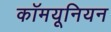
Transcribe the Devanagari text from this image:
कॉमयूनियन